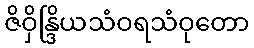
ဇိဝှိန္ဒြိယသံဝရသံဝုတော